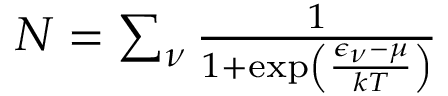
\begin{array} { r } { N = \sum _ { \nu } \frac { 1 } { 1 + \exp \left( \frac { \epsilon _ { \nu } - \mu } { k T } \right) } } \end{array}